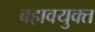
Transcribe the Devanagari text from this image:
बहावयुक्त